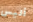
أليس